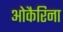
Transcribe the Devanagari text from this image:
ओकैरिना